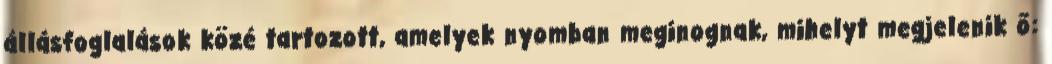
állásfoglalások közé tartozott, amelyek nyomban meginognak, mihelyt megjelenik ő: